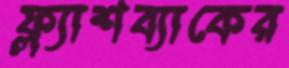
ফ্ল্যাশব্যাকের